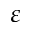
\varepsilon